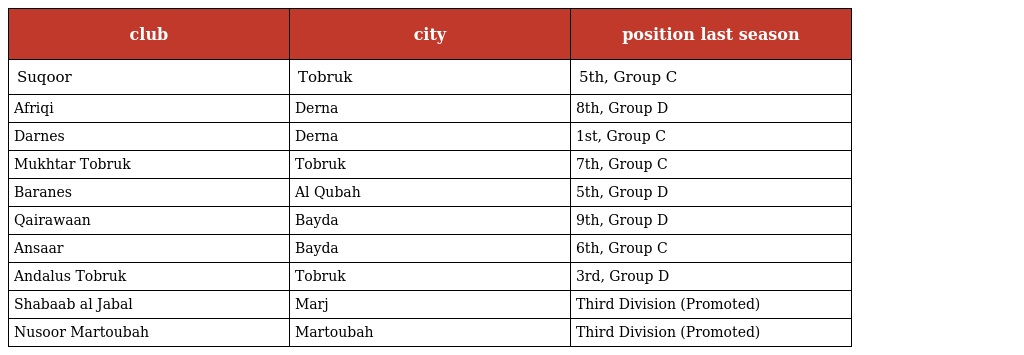
| club | city | position last season |
 | --- | --- | --- |
 | Suqoor | Tobruk | 5th, Group C |
 | Afriqi | Derna | 8th, Group D |
 | Darnes | Derna | 1st, Group C |
 | Mukhtar Tobruk | Tobruk | 7th, Group C |
 | Baranes | Al Qubah | 5th, Group D |
 | Qairawaan | Bayda | 9th, Group D |
 | Ansaar | Bayda | 6th, Group C |
 | Andalus Tobruk | Tobruk | 3rd, Group D |
 | Shabaab al Jabal | Marj | Third Division (Promoted) |
 | Nusoor Martoubah | Martoubah | Third Division (Promoted) |